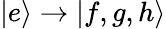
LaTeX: \mathinner{|{e}\rangle}\rightarrow\mathinner{|{f,g,h}\rangle}